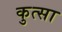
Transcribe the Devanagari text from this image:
कुत्सा